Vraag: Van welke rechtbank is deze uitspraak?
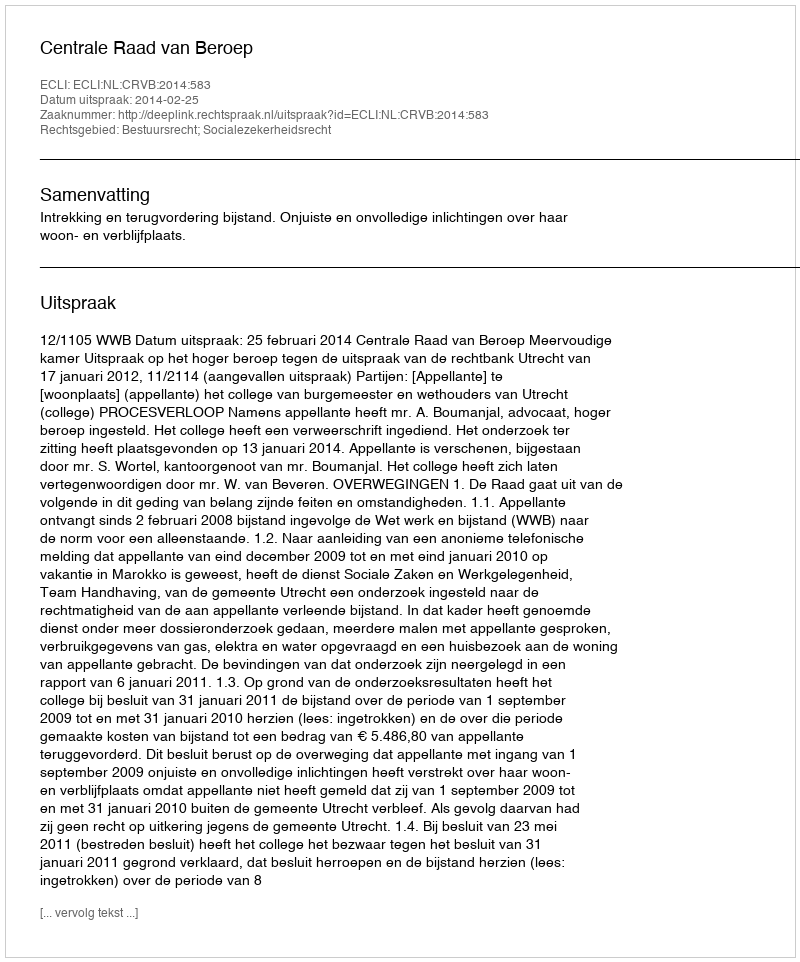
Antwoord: Centrale Raad van Beroep